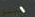
ويطلق